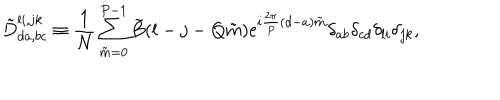
LaTeX: \tilde { D } _ { d a , b c } ^ { l i , j k } \equiv { \frac { 1 } { N } } \sum _ { \tilde { m } = 0 } ^ { P - 1 } \tilde { B } ( l - j - Q \tilde { m } ) \mathrm { e } ^ { i { \frac { 2 \pi } { P } } ( d - a ) \tilde { m } } \delta _ { a b } \delta _ { c d } \delta _ { l i } \delta _ { j k } ,